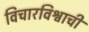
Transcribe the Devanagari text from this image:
विचारविश्वाची